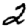
Digit: 2